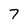
Character: 7